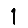
Digit: 1